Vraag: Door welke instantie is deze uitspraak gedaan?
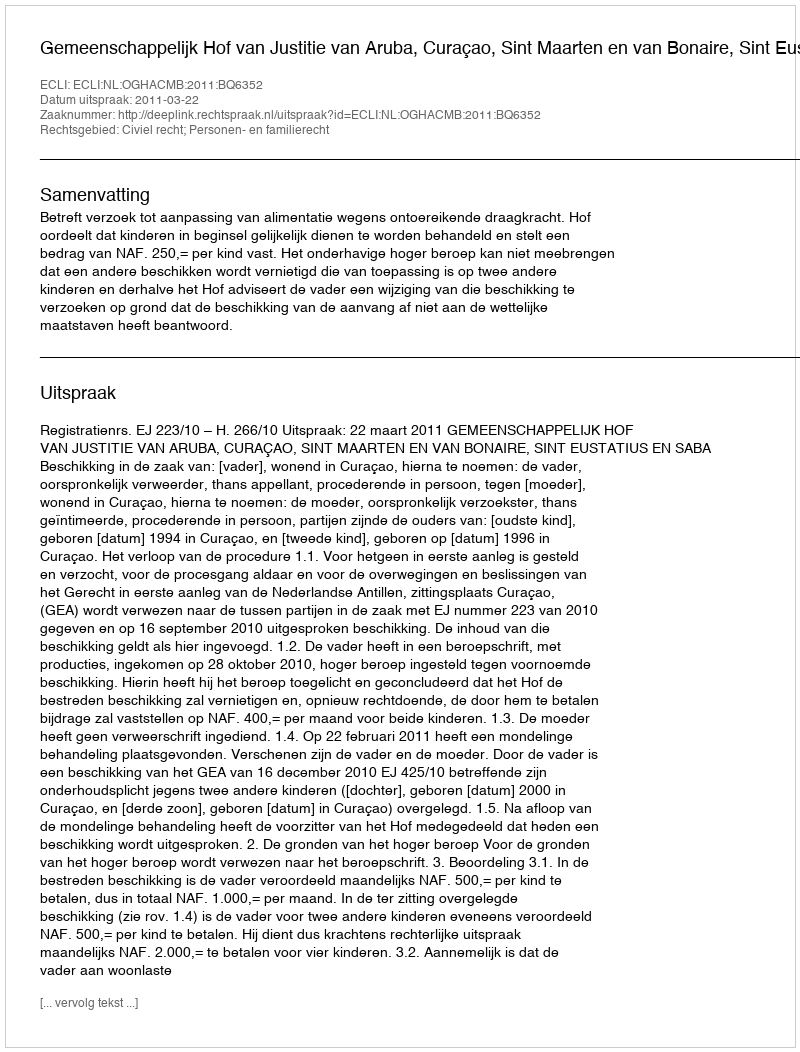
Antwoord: Gemeenschappelijk Hof van Justitie van Aruba, Curaçao, Sint Maarten en van Bonaire, Sint Eustatius en Saba